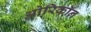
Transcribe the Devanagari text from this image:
ओरिकॉन